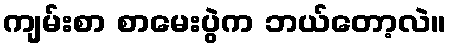
ကျမ်းစာ စာမေးပွဲက ဘယ်တော့လဲ။